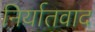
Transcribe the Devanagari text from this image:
निर्यातवाद